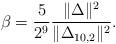
LaTeX: \begin{align*}\beta =\frac{5}{2^9} \frac{\Vert\Delta\Vert^2}{\Vert\Delta_{10, 2}\Vert^2}.\end{align*}